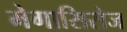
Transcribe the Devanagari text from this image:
मेगासिरोज